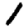
Digit: 1